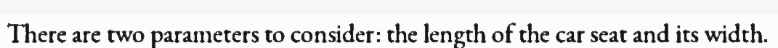
There are two parameters to consider: the length of the car seat and its width.